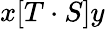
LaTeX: x[T\cdot S]y